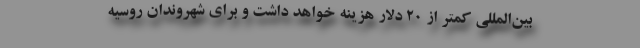
بین‌المللی کمتر از ۲۰ دلار هزینه خواهد داشت و برای شهروندان روسیه